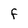
Character: f